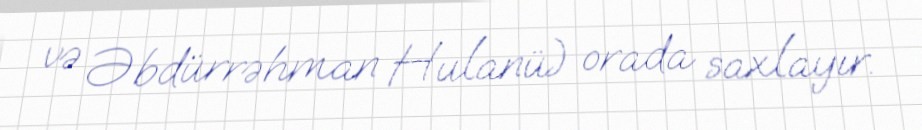
və Əbdürrəhman Hulanü) orada saxlayır.